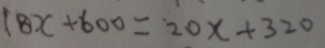
1 8 x + 6 0 0 = 2 0 x + 3 2 0